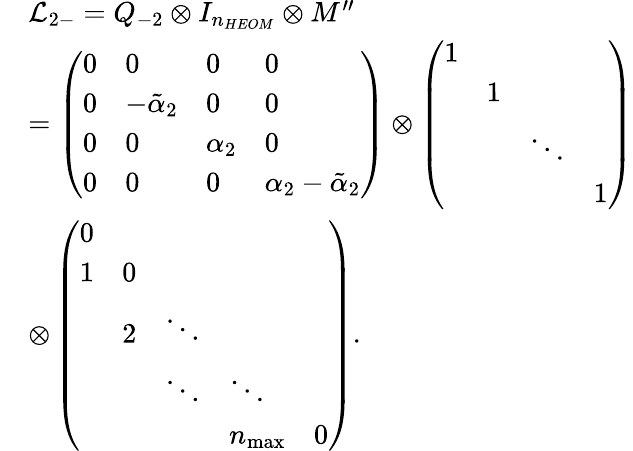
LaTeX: \begin{array}{rl}&{{\mathcal{L}_{2-}}={{Q}_{-2}}\otimes{{I}_{{{n}_{HEOM}}}}\otimes M^{\prime\prime}}\\ &{=\left(\begin{array}{llll}{0}&{0}&{0}&{0}\\ {0}&{{{{-\tilde{\alpha}}}_{2}}}&{0}&{0}\\ {0}&{0}&{{{\alpha}_{2}}}&{0}\\ {0}&{0}&{0}&{{{\alpha}_{2}}-{{{\tilde{\alpha}}}_{2}}}\end{array}\right)\otimes\left(\begin{array}{llll}{1}&{}&{}&{}\\ {}&{1}&{}&{}\\ {}&{}&{\ddots}&{}\\ {}&{}&{}&{1}\end{array}\right)}\\ &{\otimes\left(\begin{array}{lllll}{0}&{}&{}&{}&{}\\ {1}&{0}&{}&{}&{}\\ {}&{{2}}&{\ddots}&{}&{}\\ {}&{}&{\ddots}&{\ddots}&{}\\ {}&{}&{}&{{{n}_{\operatorname*{max}}}}&{0}\end{array}\right).}\end{array}